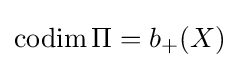
\operatorname {codim} \Pi =b_{+}(X)